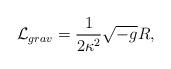
LaTeX: \begin{align*}{\cal L}_{grav}=\frac 1{2\kappa ^2}\sqrt{-g}R,\end{align*}